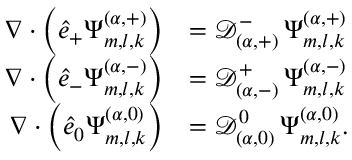
\begin{array} { r l } { \boldsymbol { \nabla } \cdot \left( \boldsymbol { \hat { e } } _ { + } \Psi _ { m , l , k } ^ { ( \alpha , + ) } \right) } & { = \mathcal { D } _ { ( \alpha , + ) } ^ { - } \, \Psi _ { m , l , k } ^ { ( \alpha , + ) } } \\ { \boldsymbol { \nabla } \cdot \left( \boldsymbol { \hat { e } } _ { - } \Psi _ { m , l , k } ^ { ( \alpha , - ) } \right) } & { = \mathcal { D } _ { ( \alpha , - ) } ^ { + } \, \Psi _ { m , l , k } ^ { ( \alpha , - ) } } \\ { \boldsymbol { \nabla } \cdot \left( \boldsymbol { \hat { e } } _ { 0 } \Psi _ { m , l , k } ^ { ( \alpha , 0 ) } \right) } & { = \mathcal { D } _ { ( \alpha , 0 ) } ^ { 0 } \, \Psi _ { m , l , k } ^ { ( \alpha , 0 ) } . } \end{array}